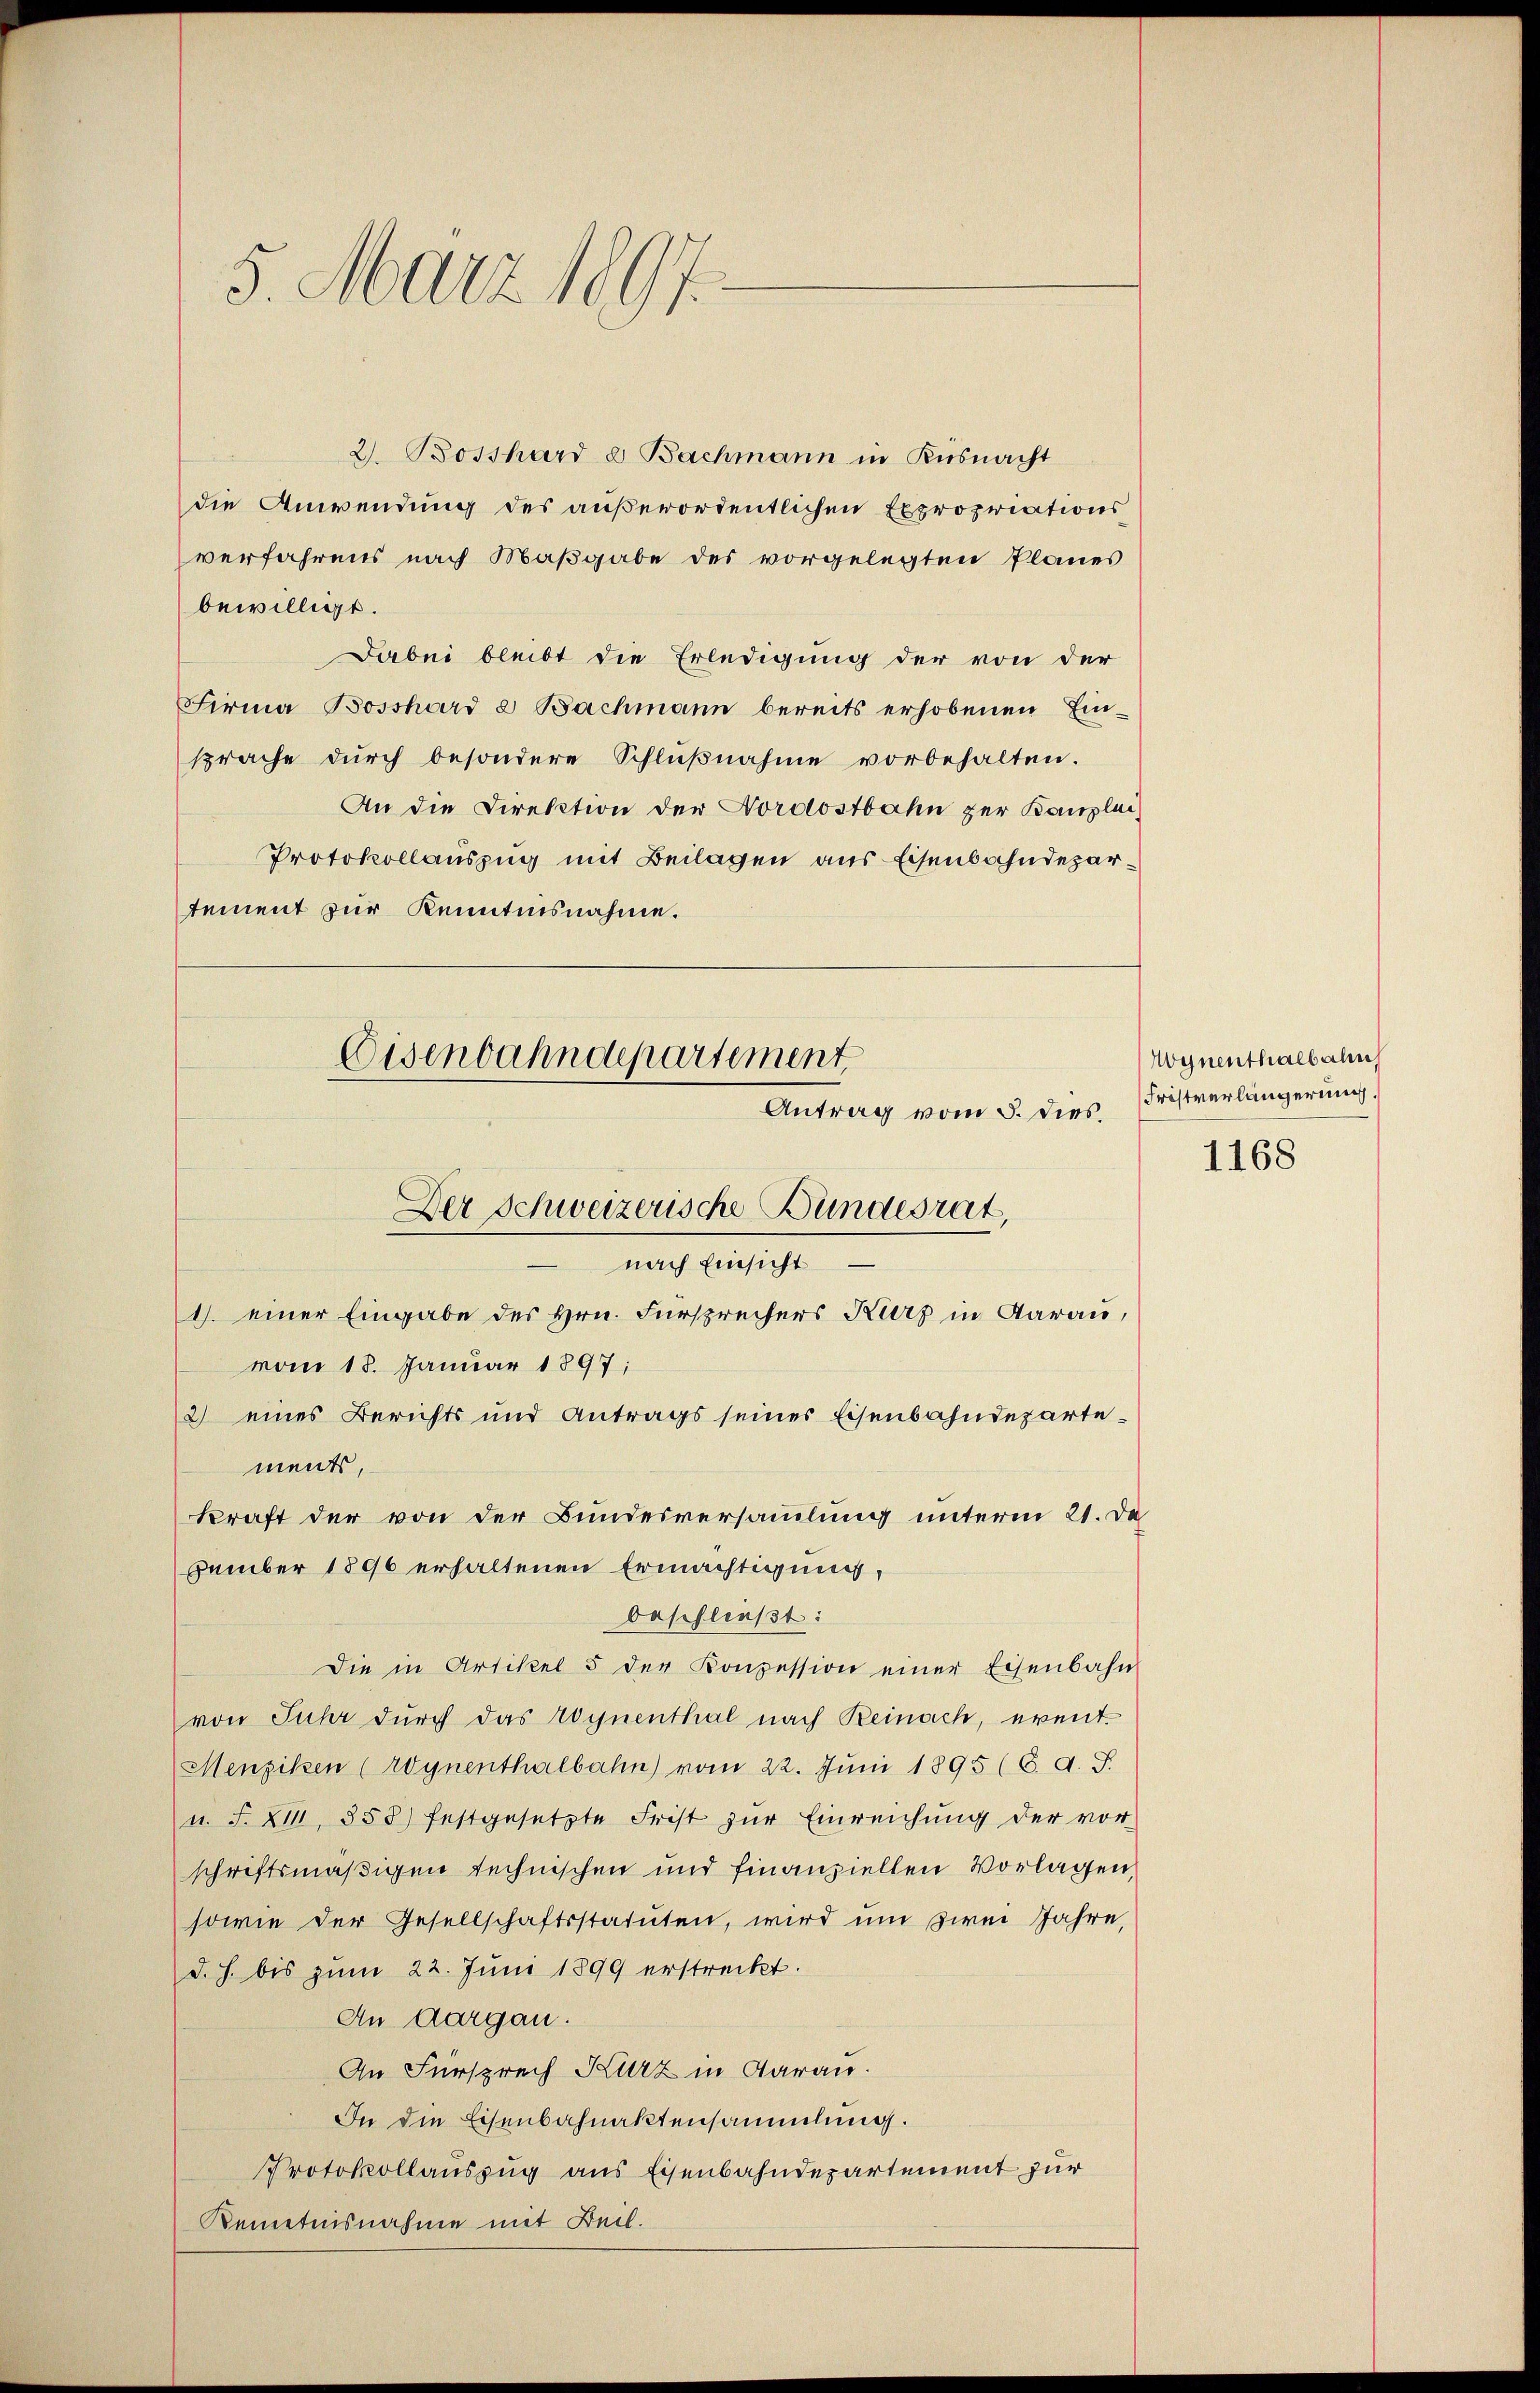
5. März 1897.

2. Bosshard & Bachmann in Küsnacht
die Anwendung des außerordentlichen Expropriations
verfahrens nach Maßgabe des vorgelegten Planes
bewilligt.
Dabei bleibt die Erledigung der von der
Firma Bosshard & Bachmann bereits erhobenen Ein-
sprache durch besondere Schlußnahme vorbehalten.
An die Direktion der Nordostbahn zur Kanzlei,
Protokollauszug mit Beilagen aus Eisenbahndepartement zur Kenntnisnahme.

Eisenbahndepartement
Antrag vom 5. dies.
Der Schweizerische Bundesrat,
nach Einsicht

1. einer Eingabe des Hrn. Fürsprechers Kurz in darau,
vom 18. Januar 1897;
2) eines Berichts und Antrags seines Eisenbahndepartements,
vember 1896 erhaltenen Ermächtigung,
beschließt:
Die in Artikel 5 der Konzession einer Eisenbahn
von Suhr durch das Wynenthal nach Reinach, erent¬
Menziken (woynenthalbahn vom 22. Juni 1895 (6. d. J.
u. F. XIII, 353) festgesetzte Frist zŭr Einreichung der vor
schriftsmäßigen technischen und finanziellen Vorlagen,
sowie der Gesellschaftsstatuten, wird um zwei Jahre,
d. h. bis zum 22. Juni 1899 erstreckt.
An Aargau.
An Fürsprech Kurz in daran.
In die Eisenbahnaktensammlung.
Protokollauszug aus Eisenbahndepartement zur
Kenntnisnahme mit Beil.

kraft der von der Bundesversammlung unterm 21. De

Wynenthalbahn
Fristverlängerung.

1168